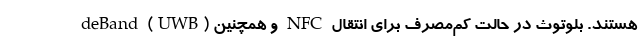
deBand (UWB) و همچنین NFC هستند. بلوتوث در حالت کم‌مصرف برای انتقال